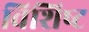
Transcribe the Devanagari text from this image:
विशिष्‍ट